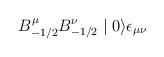
LaTeX: \begin{align*}B^{\mu}_{-1/2} B^{\nu}_{-1/2} \mid 0 \rangle \epsilon_{\mu \nu}\end{align*}